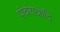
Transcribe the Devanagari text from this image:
पंचरात्रादि